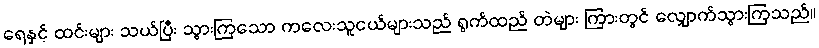
ရေနှင့် ထင်းများ သယ်ပြီး သွားကြသော ကလေးသူငယ်များသည် ရွက်ထည် တဲများ ကြားတွင် လျှောက်သွားကြသည်။